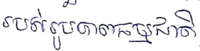
របស់រូបភាពធម្មជាតិ